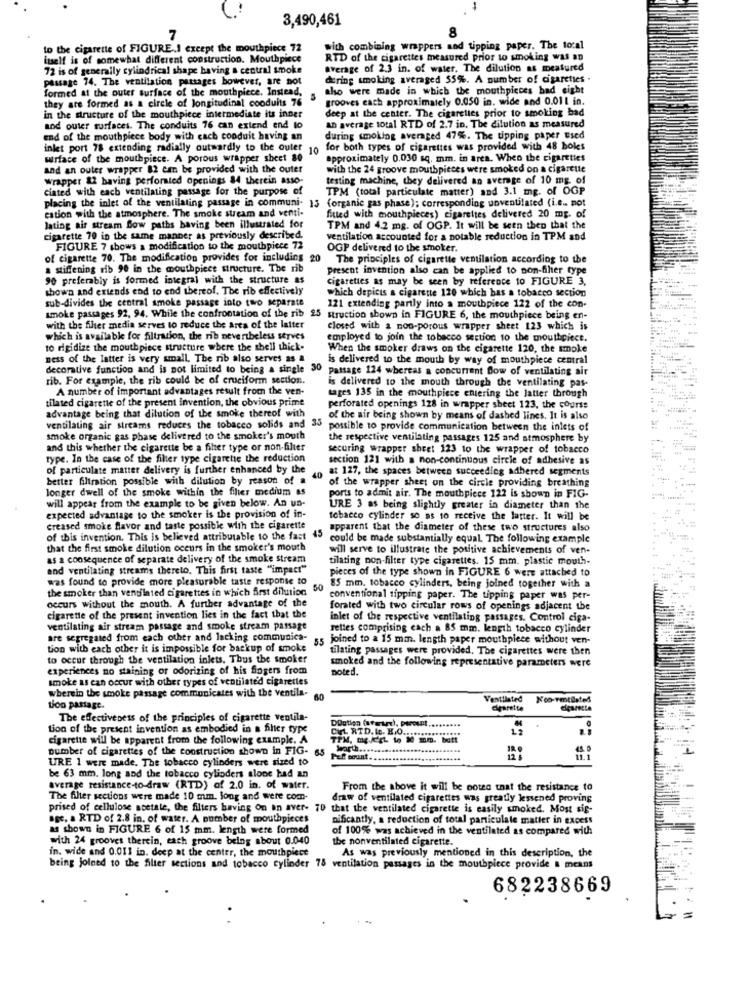
3,490,461
7
to the cigarette of FIGURE.I except the mouthpiece 72
with combining wrappers and tipping paper. The local
itself is of somewhat different construction. Mouthpiece
RTD of the cigarettes measured prior to smoking was an
72 is of generally cylindrical shape having a central smoke
average of 2.3 in. of water. The dilution as measured
passage 74. The ventilation passages however, are not
dering smoking averaged 55%. A number of cigarettes .
formed at the outer surface of the mouthpiece. Instead,
sho were made in which the mouthpieces bad eight
they are formed as a circle of longitudinal cooduits 76
5
grooves each approximately 0.050 in. wide and 0.011 in.
deep at the center. The cigarettes prior to smoking bad
in the structure of the mouthpiece intermediate its inner
and outer surfaces. The conduits 76 can extend end to
An average total RTD of 2.7 in. The dilution as measured
end of the mouthpiece body with cach conduit having an
during smoking averaged 47%. The tipping paper used
inlet port 78 extending radially outwardly to the outer 10
for both types of cigarettes was provided with 48 boles
wirface of the mouthpiece. A porous wrapper sheet 80
approximately 0.030 sq. mm. in area. When the cigarettes
and an outer wrapper 82 can be provided with the outer
with the 24 groove mouthpieces were smoked on a cigarette
wrapper 82 baving perforated openings 84 therein asso-
testing machine, they delivered an average of 10 mg. of
ciated with each ventilating passage for the purpose of
TPM (total particulate matter) and 3.1 mg. of OGP
placing the inlet of the ventilating passage in communi- 13 (organic gas phase); corresponding unventilated (i.e .. not
estion with the atmosphere. The smoke stream and venti-
fitted with mouthpieces) cigarettes delivered 20 mg. of
lating air stream Bow paths having been illustrated for
TPM and 4.2 mg. of OGP. It will be seen thep that the
cigarette 70 in the same manner as previously described.
ventilation accounted for a notable reduction in TPM and
FIGURE 7 shows a modification to the mouthpiece 72
OGP delivered to the smoker.
of cigarette 70. The modification provides for includins 20
The principles of cigarette ventilation according to the
a stiffening rib 90 in the mouthpiece structure. The rib
present invention also can be applied to non-fihier type
90 preferably is formed integral with the structure as
cigarettes as may be seen by reference to FIGURE 3,
shown and extends end to end thereof. The rib effectively
which depicts a cigarette 120 which bas a tobacco section
sub-divides the central smoke passage into two separate
121 extending partly into a mouthpiece 122 of the con-
smoke passages 92, 94. While the confrontation of the rib 25 struction shown in FIGURE 6, the mouthpiece being en-
with the filter media serves to reduce the Area of the latter
closed with a non-porous wrapper sheet 123 which is
which is available for filtration, the rib nevertheless serves
employed to join the tobacco section to the mouthpiece.
to rigidize the mouthpiece structure where the shell thick-
When the smoker draws on the cigarette 120, the smoke
ness of the latter is very small. The nib also serves as a
is delivered to the mouth by way of mouthpiece central
decorative function and is not limited to being a single
30
Passage 124 whereas a concurrent Bow of ventilating air
rib. For example, the rib could be of cruciform section.
is delivered to the mouth through the ventilating pas-
A number of important advantages result from the ven-
tilated cigarette of the present invention, the obvious prime
tages 135 in the mouthpiece entering the latter through
perforated openings 128 in wrapper sheet 123, the course
advantage being that dilution of the smoke thereof with
of the air being shown by means of dashed lines. It is also
ventilating air streams reduces the tobacco solids and 33
possible to provide communication between the inlets of
smoke organic gas phase delivered to the smoker's mouth
the respective ventilating passages 125 and atmosphere by
and this whether the cigarette be a fiher type or non-filter
securing wrapper sheet 123 to the wrapper of tobacco
type. In the case of the filter type cigarette the reduction
section 121 with a non-continuous circle of adhesive as
of particulate matter delivery is further enhanced by the
at 127, the spaces between succeeding adhered segments
better filtration possible with dilution by reason of a
40
of the wrapper sheet on the circle providing breathing
longer dwell of the smoke within the filter medium as
will appear from the example to be given below. An un-
ports to admit air. The mouthpiece 122 is shown in FIG-
URE 3 as being slightly greater in diameter than the
expected advantage to the smoker is the provision of in-
tobacco cylinder so as to receive the latter. It will be
creased smoke flavor and taste possible with the cigarette
apparent that the diameter of these two structures also
of this invention. This is believed attributable to the fast 45
could be made substantially equal. The following example
that the first smoke dilution occurs in the smoker's mouth
will serve to illustrate the positive achievements of ven-
as a consequence of separate delivery of the smoke stream
tilating non-filter type cigarettes. 15 mm. plastic mouth-
end ventilating streams thereto, This first taste "impact"
pieces of the type shown in FIGURE 6 were attached to
was found to provide more pleasurable taste response to
the smoker than ventilated cigarettes in which first dilution
50
85 mm. tobacco cylinders, being joined together with a
conventional tipping paper. The tipping paper was per-
occurs without the mouth. A further advantage of the
forated with two circular rows of openings adjacent the
cigarette of the present invention lies in the fact that the
inlet of the respective ventilating passages. Control ciga-
ventilating air stream passage and smoke stream passage
rettes comprising each a 85 mm. length tobacco cylinder
are segregated from each other and lacking communica-
5.5
joined to a 15 mm. length paper mouthpiece without ven-
tion with each other it is impossible for backup of smoke
tilating passages were provided, The cigarettes were then
to occur through the ventilation inlets. Thus the smoker
experiences no staining or odorizing of his fingers from
smoked and the following representative parameters were
noted.
smoke as can occur with other types of ventilate'd cigarettes
wherein the smoke passage communicates with the ventila-
Ventilated
tion passage.
cigarette
cigarette
The effectiveness of the principles of cigarette ventila-
Doutien (steuer), perount,
tion of the present invention as embodied in a filter type
CUL RTD. I. K.O ....
12
cigarette will be apparent from the following example. A
Dumber of cigarettes of the construction shown in FIG- 65
45.0
URE 1 were made. The tobacco cylinders were sized to
Feff count.
be 63 mm. long and the tobacco cylinders alone had an
average resistance-to-draw (RTD) of 2.0 in. of water.
From the above it will be noted that the resistance to
The filter sections were made 10 mm. long and were com-
draw of ventilated cigarettes was greatly lessened proving
prised of cellulose acetate, the filters having On an aver- 70 that the ventilated cigarette is easily smoked. Most sig-
BBC, a RTD of 2.8 in. of water. A number of mouthpieces
nificantly, a reduction of total particulate matter in excess
as shown in FIGURE 6 of 15 mm. length were formed
of 100% was achieved in the ventilated as compared with
with 24 grooves therein, each groove being about 0.040
the nonventilated cigarette.
in. wide and 0.011 in. deep at the center, the mouthpiece
As was previously mentioned in this description, the
being joined to the filter sections and tobacco cylinder 75 ventilation passages in the mouthpiece provide a means
682238669